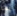
بك